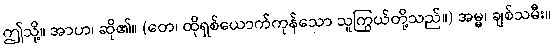
ဤသို့။ အာဟ၊ ဆို၏။ (တေ၊ ထိုရှစ်ယောက်ကုန်သော သူကြွယ်တို့သည်။) အမ္မ၊ ချစ်သမီး။